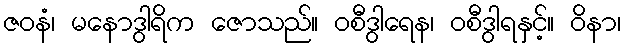
ဇဝနံ၊ မနောဒွါရိက ဇောသည်။ ဝစီဒွါရေန၊ ဝစီဒွါရနှင့်။ ဝိနာ၊